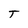
Character: T